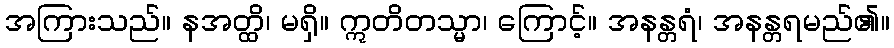
အကြားသည်။ နအတ္ထိ၊ မရှိ။ ဣတိတသ္မာ၊ ကြောင့်။ အနန္တရံ၊ အနန္တရမည်၏။